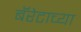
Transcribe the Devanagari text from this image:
बॅरेटाच्या